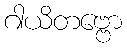
ဂါယိတဗ္ဗော